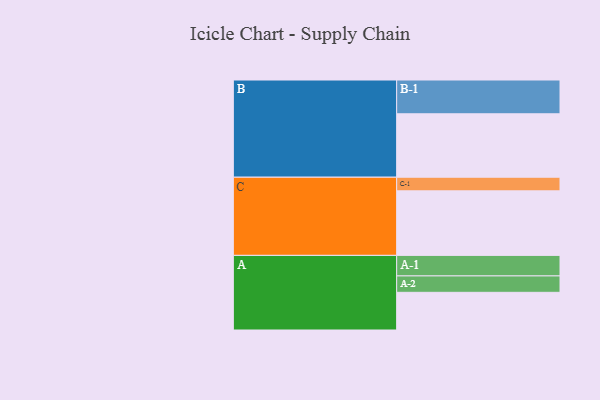
{"axis": {"x": "Segment", "y": "Value"}, "legend": ["", "A", "B", "C"], "data": [{"x": "A", "y": 310, "type": ""}, {"x": "B", "y": 522, "type": ""}, {"x": "C", "y": 531, "type": ""}, {"x": "A-1", "y": 169, "type": "A"}, {"x": "A-2", "y": 135, "type": "A"}, {"x": "B-1", "y": 278, "type": "B"}, {"x": "C-1", "y": 112, "type": "C"}]}